Report on vaccination in Madras 1904-1921 - 1904-1921
Year: 1904
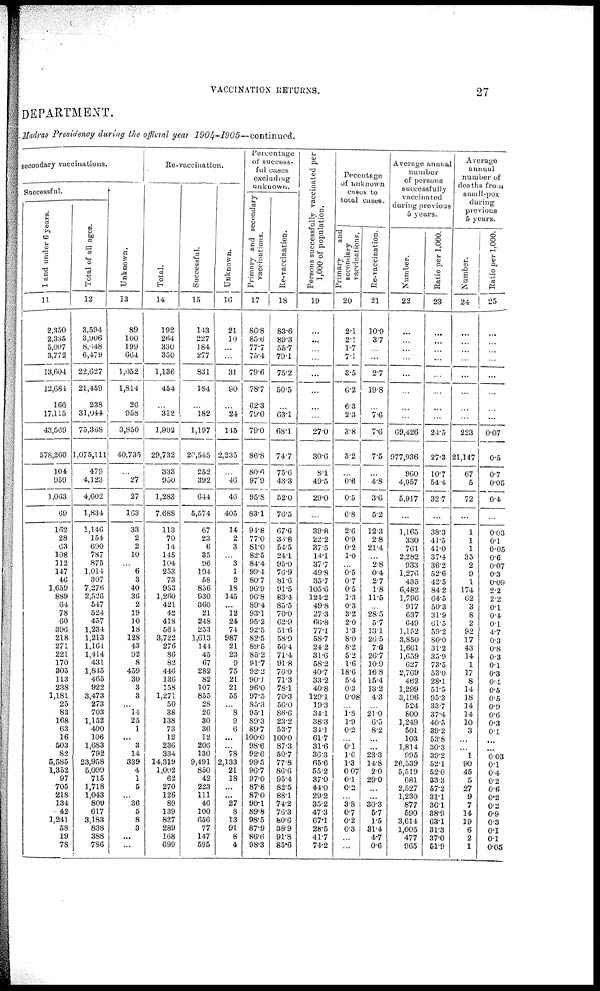
VACCINATION RETURNS.
27
DEPARTMENT.
Madras Presidency during the official year
1904-1905—continued.
secondary vaccinations.
Successful.
1 and under 6 years.
11
2,350
2,385
5,097
3,772
13,604
12,684
166
17,115
43,569
578,260
104
959
1,063
69
162
28
63
108
112
147
46
1,659
889
64
78
60
396
218
271
221
170
305
113
238
1,181
25
83
168
63
16
503
82
5,585
1,352
97
705
218
134
42
1,241
58
19
78
Total of all ages.
12
3,594
3,906
8,648
6,479
22,627
21,459
238
31,044
75,368
1,075,111
479
4,123
4,602
1,834
1,146
154
690
787
875
1,014
307
7,276
2,526
547
524
457
1,234
1,213
1,161
1,414
431
1,815
465
922
3,473
273
703
1,152
400
106
1,683
792
23,958
5,009
715
1,718
1,043
809
617
3,183
838
388
786
Re-vaccination.
Unknown.
13
89
100
199
664
1,052
1,814
26
958
3,850
40,735
...`
27
27
163
33
2
2
10
...
6
3
40
36
2
19
10
18
128
43
92
8
459
30
3
3
...
14
25
1
... 3
14
339
4
1
5
... 36
5
8
3
...
...
Total.
14
192
264
330
350
1,136
454
...
312
1,902
29,732
333
950
1,283
7,688
113
70
14
145
104
253
73
953
1,260
421
42
418
564
3,722
276
86
82
446
136
158
1,271
50
38
138
73
12
236
334
14,319
1,002
62
270
126
89
139
827
289
168
699
Successful.
15
143
227
184
277
831
184
...
182
1,197
20,545
252
392
644
5,574
67
23
6
35
96
194
58
856
930
360
21
248
253
1,613
144
45
67
282
82
107
855
28
26
30
36
12
206
130
9,491
850
42
223
111
46
100
656
77
147
595
Unknown.
16
21
10
...
...
31
90
...
24
145
2,235
...
46
46
405
14
2
3
...
3
1
2
18
145
...
12
24
74
987
21
23
9
75
21
21
55
...
8
9
6
...
...
78
2,133
21
18
...
... 27
8
13
91
8
4
Percentage
of success-
ful cases
excluding
unknown.
Primary and secondary
vaccinations.
17
86.8
85.6
77.7
754
79.6
787
62.3
79.0
79.0
86.8
80.6
97.9
95.8
83.1
94.8
77.0
81.0
82.5
84.4
99.4
80.7
96.9
96.8
89.4
93.1
95.2
92.5
82.5
89.5
85.2
91.7
92.2
90.1
96.0
97.5
85.3
95.1
89.3
89.7
100.0
98.6
92.6
99.5
96.7
97.0
87.8
87.0
90.1
89.8
98.5
87.9
86.6
98.3
Re-vaccination.
18
83.6
89.3
55.7
79.1
75.2
50.5
...
63.1
68.1
74.7
75.6
43.3
52.0
76.5
67.6
33.8
54.5
24.1
95.0
76.9
81.6
91.5
83.4
85.5
70.0
62.9
51.6
58.9
56.4
71.4
91.8
76.0
71.3
78.1
70.3
56.0
86.6
23.2
53.7
100.0
87.3
50.7
77.8
86.6
95.4
82.5
88.1
74.2
76.3
80.6
38.9
91.8
85.6
Persons successfully vaccinated per
1,000 of population.
19
...
...
...
...
...
...
...
...
27.0
30.6
8.1
49.5
29.0
...
39.8
22.2
37.5
14.1
37.7
49.8
35.7
105.6
124.2
49.8
27.3
66.8
77.1
58.7
24.2
31.6
58.2
40.7
33.2
40.8
129.1
19.3
34.1
38.3
34.1
61.7
31.6
36.3
65.6
55.2
37.0
44.0
29.2
35.2
47.3
67.1
28.5
41.7
74.2
Pecentage
of unknown
cases to
total cases.
Primary
and
secondary
vaccinations.
20
2.1
2.1
1.7
7.1
3.5
6.2
6.3
2.3
3.8
3.2
...
0.6
0.5
6.8
2.6
0.9
0.2
1.0
...
6.5 0.7
0.5
1.3
0.3
3.2
2.0
1.3
8.0
8.2
5.2
1.6
18.6
5.4
0.3
0.08
...
1.8
1.9
0.2
...
0.1
1.6
1.3
0.07
0.1
0.2
...
3.8
0.7
0.2
0.3
...
...
Re-vaccination.
21
10.9
3.7
...
...
2.7
19.8
...
7.6
7.6
7.5
...
4.8
3.6
5.2
12.3
2.8
21.4
... 2.8
0.4
2.7
1.8
11.5
...
28.5
5.7
13.1
26.5
7.6
26.7
10.9
16.8
15.4
13.2
4.3
...
21.0
6.5
8.2
...
...
23.3
14.8
2.0
29.0
...
...
30.3
5.7
1.5
31.4
4.7
0.6
Average annual
number
of persons
successfully
vaccinated
during previous
5 years.
Number.
22
...
...
...
...
...
...
...
...
69,426
977,936
960
4,957
5,917
...
1,165
330
761
2,282
933
1,276
435
6,482
1,796
917
637
649
1,152
3,850
1,661
1,659
627
2,769
462
1,299
3,196
524
800
1,249
501
103
1,814
995
26,539
5,519
681
2,527
1,230
877
590
3,614
1,005
477
965
Ratio per 1,000.
23
...
...
...
...
...
...
...
...
24.5
27.3
10.7
54.4
32.7
...
38.3
41.5
41.0
37.4
36.2
52.6
42.5
84.2
64.5
50.3
31.9
61.5
59.2
80.0
31.2
35.9
73.5
53.0
28.1
51.5
95.3
33.7
37.4
40.5
39.2
53.8
30.3
39.2
52.1
52.0
33.3
57.2
31.1
36.1
38.9
63.1
31.3
37.0
51.9
Average
annual
number of
deaths from
small-pox
during
previous
5 years.
Number.
24
...
...
...
...
...
...
...
...
223
21,147
67
5
72
...
1
1
1
35
2
9
1
174
62
3
8
2
92
17
43
14
1
17
8
14
18
14
14
10
3
...
...
1
90
45
5
27
9
7
14
19
6
2
1
Ratio per 1,000.
25
...
...
...
...
...
...
...
...
0.07
0.5
0.7
0.05
0.4
...
0.03
0.1
0.05
0.6
0.07
0.3
0.09
2.2
2.2
0.1
0.4
0.1
4.7
0.3
0.8
0.3
0.1
0.3
0.4
0.5
0.5
0.9
0.6
0.3
0.1
...
...
0.03
0.1
0.4
0.2
0.6
0.2
0.2
0.9
0.3
0.1
0.1
0.05